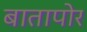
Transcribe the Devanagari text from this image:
बातापोर